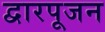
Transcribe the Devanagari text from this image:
द्वारपूजन